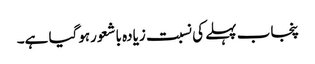
پنجاب پہلے کی نسبت زیادہ باشعورہوگیا ہے۔